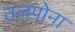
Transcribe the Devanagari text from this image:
तलपोना